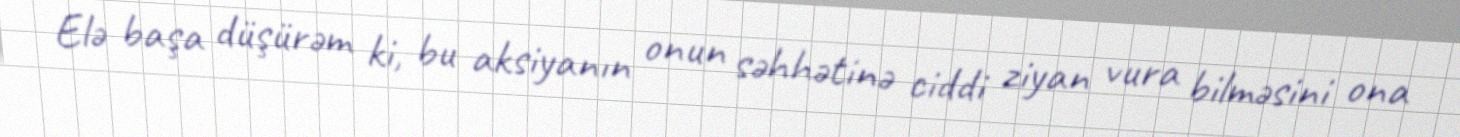
Elə başa düşürəm ki, bu aksiyanın onun səhhətinə ciddi ziyan vura bilməsini ona